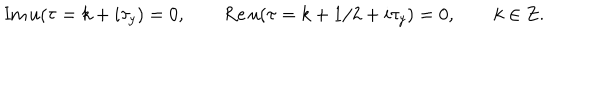
\mathrm { I m } \, u ( \tau = k + i \tau _ { y } ) = 0 , \qquad \mathrm { R e } \, u ( \tau = k + 1 / 2 + i \tau _ { y } ) = 0 , \qquad k \in { \bf Z } .